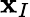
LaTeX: \mathbf{x}_{I}